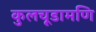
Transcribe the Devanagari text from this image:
कुलचूडामणि